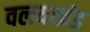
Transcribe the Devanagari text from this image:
वलयखंड